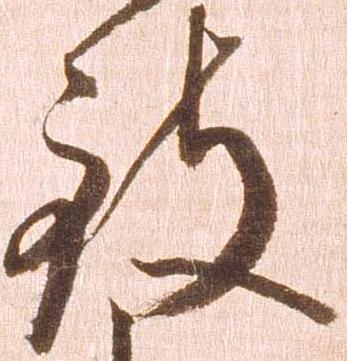
致